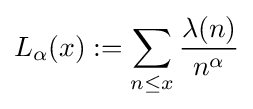
L_{\alpha }(x):=\sum _{n\leq x}{\frac {\lambda (n)}{n^{\alpha }}}